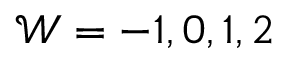
\mathcal { W } = - 1 , 0 , 1 , 2